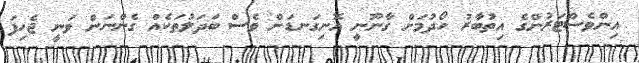
އިންވެސްޓަރުންގެ އިތުބާރު ހޯދުމަށް ގާނޫނީ އޮނިގަނޑަށް ވެސް ބަދަލުތަކެއް ގެންނަން ވަނީ ޖެހިފަ